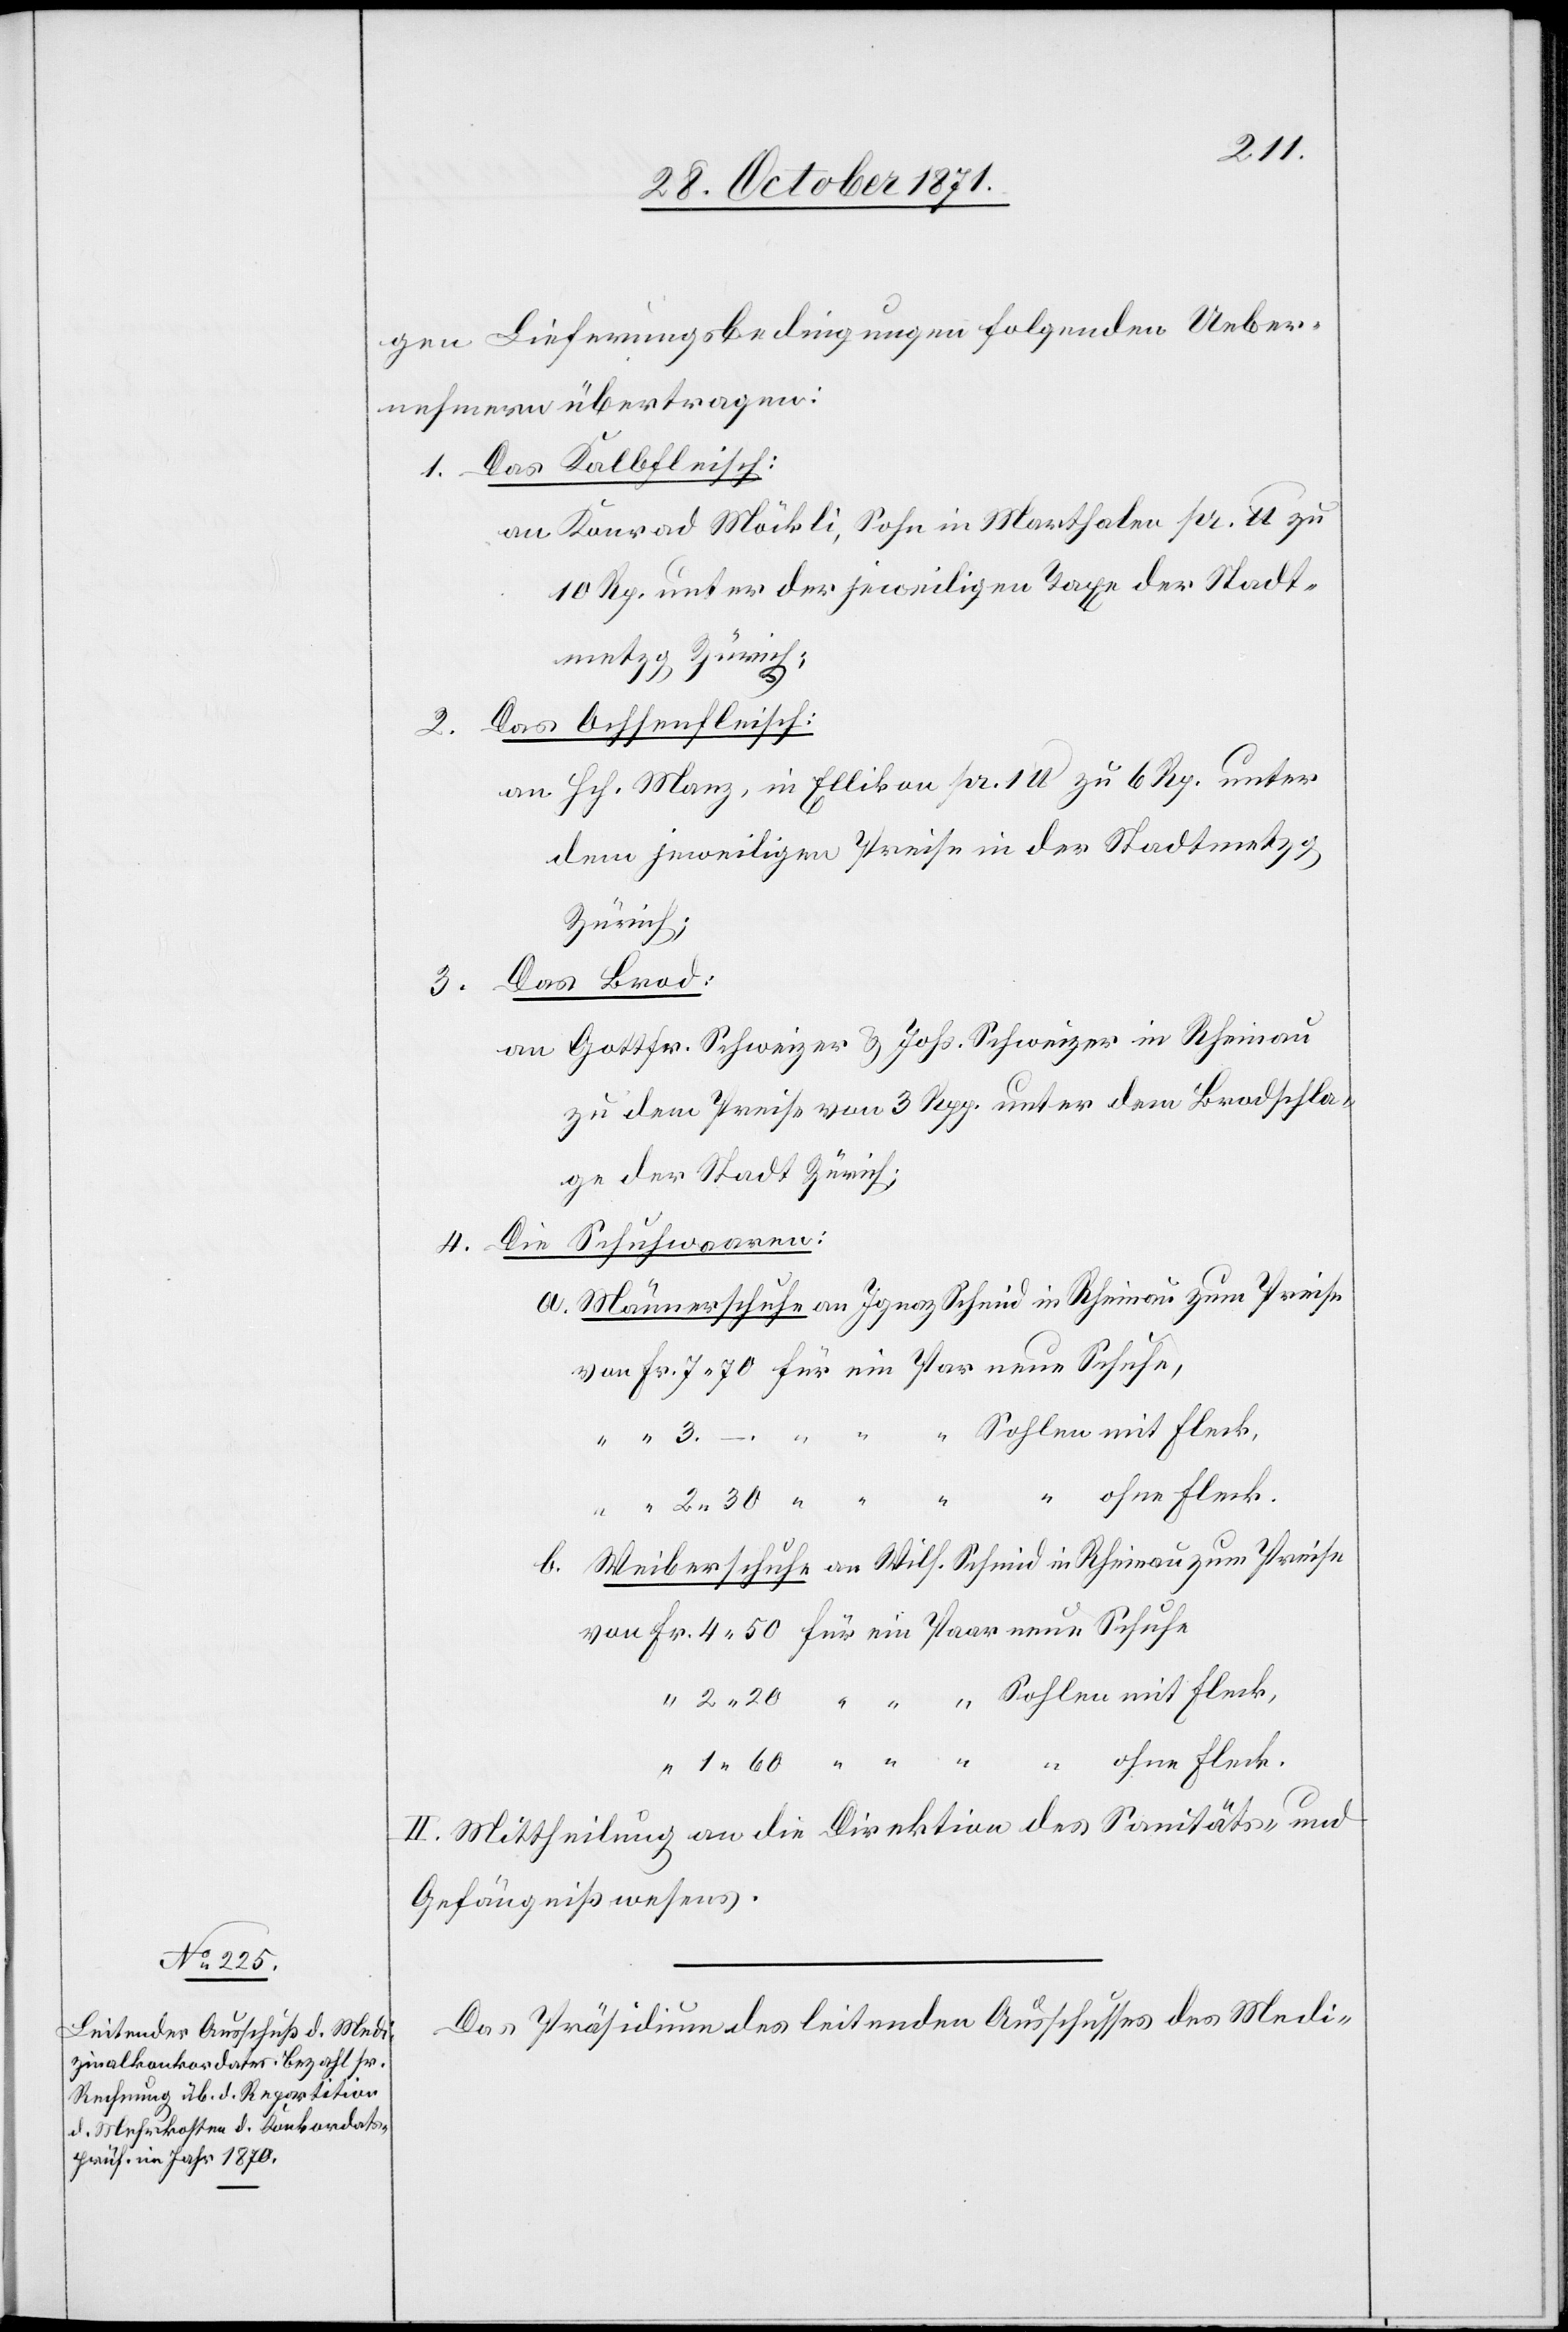
gen Lieferungsbedingungen folgenden Ueber¬
nehmern übertragen:
1. Das Kalbfleisch:
an Konrad Möckli, Sohn in Marthalen pr. lb zu
10 Rp. unter der jeweiligen Taxe der Stadt¬
metzg Zürich:
Das Ochsenfleisch:
2.
an Hch. Manz, in Ellikon pr. 1 lb zu 6 Rp. unter
dem jeweiligen Preise in der Stadtmetzg
Zürich;
Das Brod:
b.
3.
an Gottfr. Schweizer & Johs. Schweizer in Rheinau
zu dem Preise von 3 Rp. unter dem Brodschla¬
ge der Stadt Zürich.
Schuhwaaren:
4. Die
Männerschuhe an Ignaz Schmid in Rheinau zum Preise
“ “ Sohlen mit Fleck,
“ ohne Fleck.
Weiberschuhe an Wilh. Schmid in Rheinau zum Preise
II. Mittheilung an die Direktion des Sanitäts- &
Gefängnißwesens.
Das Präsidium des leitenden Ausschusses des Medi-